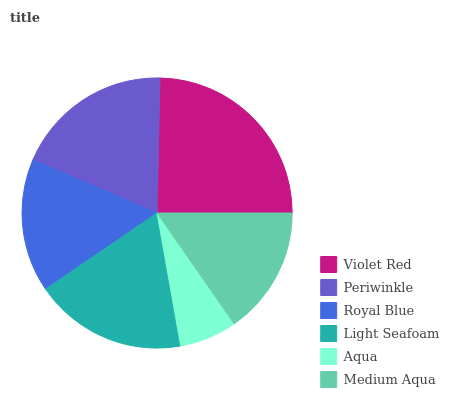
| Violet Red | Periwinkle | Royal Blue | Light Seafoam | Aqua | Medium Aqua |
 | --- | --- | --- | --- | --- | --- |
 | 24.7% | 18.9% | 15.9% | 18.3% | 6.87% | 15.3% |